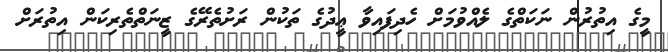
މީގެ އިތުރުން ނަކަތްގެ ލެއްވުމަށް ހެދިފައިވާ ޢީދުގެ ތަކުން ރަށުތެރޭގެ ޒީނަތްތެރިކަން އިތުރަށް